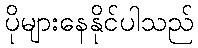
ပိုများနေနိုင်ပါသည်